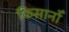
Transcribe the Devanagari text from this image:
किसानोँ